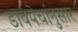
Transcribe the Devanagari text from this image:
डावपेचांनुसार